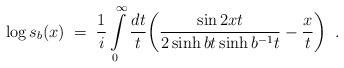
LaTeX: \begin{align*}\log s_b(x)\;=\;\frac{1}{i}\int\limits_0^{\infty}\frac{dt}{t}\biggl(\frac{\sin 2xt}{2\sinh bt\sinh b^{-1}t}-\frac{x}{t}\biggl)\;\;.\end{align*}